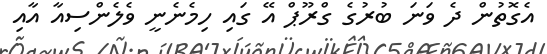
އެގޮތުން ދެ ވަނަ ބުރުގެ ގްރޫޕް އޭ ގައި ހިމެނެނީ ވެލެންސިއާ އާއި